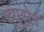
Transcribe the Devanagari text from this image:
ब्युसेर